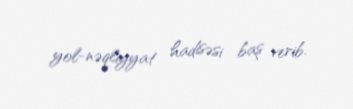
yol-nəqliyyat hadisəsi baş verib.